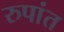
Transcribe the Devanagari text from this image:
रुपांत